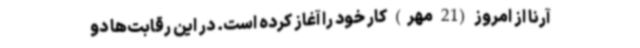
آرنا از امروز (21 مهر) کار خود را آغاز کرده است. در این رقابت‌ها دو